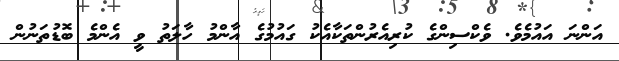
އަންނަ އައުމެވެ. ވެކްސިންގެ ކުރިއެރުންތަކާއެކު ގައުމުގެ އާންމު ހާލަތު ވީ އެންމެ ބޮޑުތަނުން